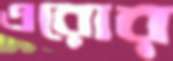
এরোর